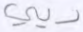
ديني